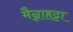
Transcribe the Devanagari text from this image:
मैन्नाहट्टा